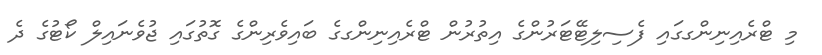
މި ޓްރެއިނިންގގައި ފެސިލިޓޭޓަރުންގެ އިތުރުން ޓްރެއިނިންގގެ ބައިވެރިންގެ ގޮތުގައި ޖުވެނައިލް ކޯޓުގެ ދެ